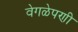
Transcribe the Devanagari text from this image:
वेगळेपणी